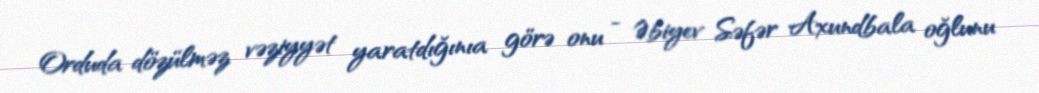
Orduda dözülməz vəziyyət yaratdığınıa görə onu - Əbiyev Səfər Axundbala oğlunu